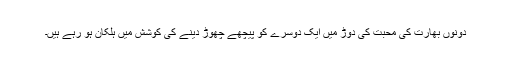
دونوں بھارت کی محبت کی دوڑ میں ایک دوسرے کو پیچھے چھوڑ دینے کی کوشش میں ہلکان ہو رہے ہیں۔